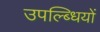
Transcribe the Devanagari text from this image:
उपल्ब्धियों